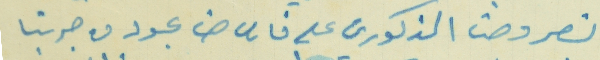
نصر وحنا المذكورين على فارس حنا عبود من جربتا